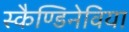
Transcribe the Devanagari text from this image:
स्कैण्डिनेविया